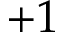
+ 1